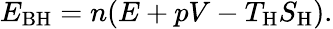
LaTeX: E_{\mathrm{BH}}=n(E+pV-T_{\mathrm{H}}S_{\mathrm{H}}).